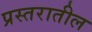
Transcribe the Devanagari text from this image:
प्रस्तरातील